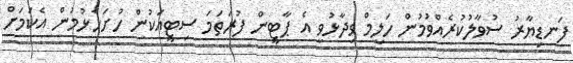
ފަނޑިޔާރު ސުވާލުކުރެއްވުމުން ހަލީމް ވިދާޅުވީ އެ ޕާޓީން ފުރަތަމަ ސިޓީއަކުން ހުށަހެޅުމުން އެކަމަށް